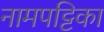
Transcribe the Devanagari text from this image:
नामपट्टिका